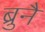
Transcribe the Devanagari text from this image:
ब्रुनै